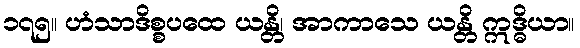
၁၇၅။ ဟံသာဒိစ္စပထေ ယန္တိ၊ အာကာသေ ယန္တိ ဣဒ္ဓိယာ။